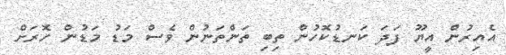
އެއިރުން އީޔޫ ފަދަ ކަނޑުކޮހުން ތިބި ތަންތަނުން ވެސް މަޑު މަޑުން ހޮރަށް